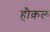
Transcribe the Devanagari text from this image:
हौक़ल